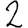
Digit: 2